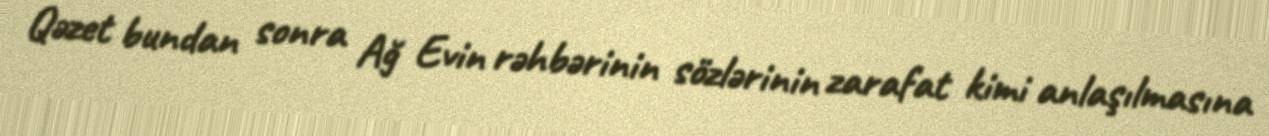
Qəzet bundan sonra Ağ Evin rəhbərinin sözlərinin zarafat kimi anlaşılmasına